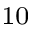
_ { 1 0 }